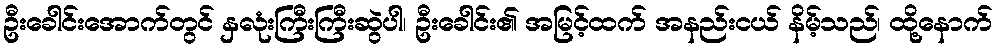
ဦးခေါင်းအောက်တွင် နှလုံးကြီးကြီးဆွဲပါ၊ ဦးခေါင်း၏ အမြင့်ထက် အနည်းငယ် နိမ့်သည်၊ ထို့နောက်